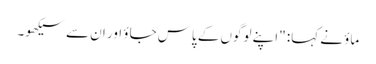
ماؤ نے کہا: "اپنے لوگوں کے پاس جاؤ اور ان سے سیکھو۔